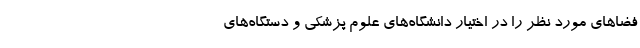
فضاهای مورد نظر را در اختیار دانشگاه‌های علوم پزشکی و دستگاه‌های